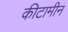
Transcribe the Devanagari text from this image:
कीटामीन